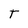
Character: T